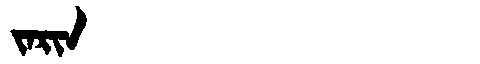
Manchu: ᠵᠠᡵᡳᠨ
Romanization: JARIN